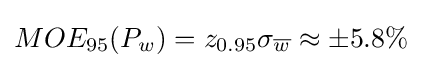
MOE_{95}(P_{w})=z_{0.95}\sigma _{\overline {w}}\approx \pm {5.8\%}